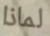
لماذا